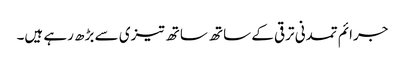
جرائم تمدنی ترقی کے ساتھ ساتھ تیزی سے بڑھ رہے ہیں۔